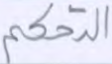
التحكم